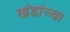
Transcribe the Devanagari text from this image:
खंडांच्‍या